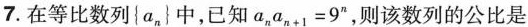
7.在等比数列{a_{n}}中，已知$$a _ { n } a _ { n + 1 } = 9 ^ { n }$$，则该数列的公比是